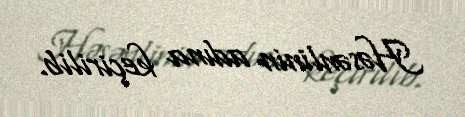
Həsənlinin adına keçirilib.